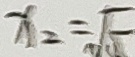
x _ { 2 } = \sqrt { 5 }